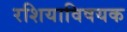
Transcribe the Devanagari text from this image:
रशियाविषयक